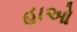
હાઓ